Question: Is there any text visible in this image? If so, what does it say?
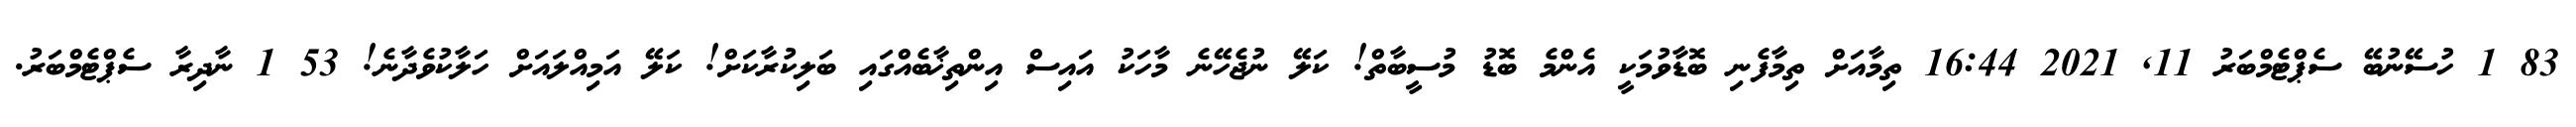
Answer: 83 1 ހުސޭނުބޭ ސެޕްޓެމްބަރު 11, 2021 16:44 ތިމާއަށް ތިމާފެނި ބޮޑާވުމަކީ އެންމެ ބޮޑު މުސީބާތް! ކަލޭ ނުޖެހޭނެ މާހަކު އައިސް އިންތިޚާބެއްގައި ބަލިކުރާކަށް! ކަލޭ އަމިއްލައަށް ހަލާކުވެދާނެ! 53 1 ނާދިރާ ސެޕްޓެމްބަރު.